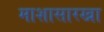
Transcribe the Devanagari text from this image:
माशासारखा